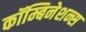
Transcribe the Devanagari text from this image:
कॉम्बिनेशन्स